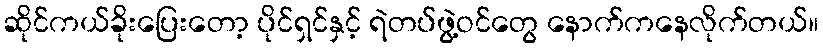
ဆိုင်ကယ်ခိုးပြေးတော့ ပိုင်ရှင်နှင့် ရဲတပ်ဖွဲ့ဝင်တွေ နောက်ကနေလိုက်တယ်။